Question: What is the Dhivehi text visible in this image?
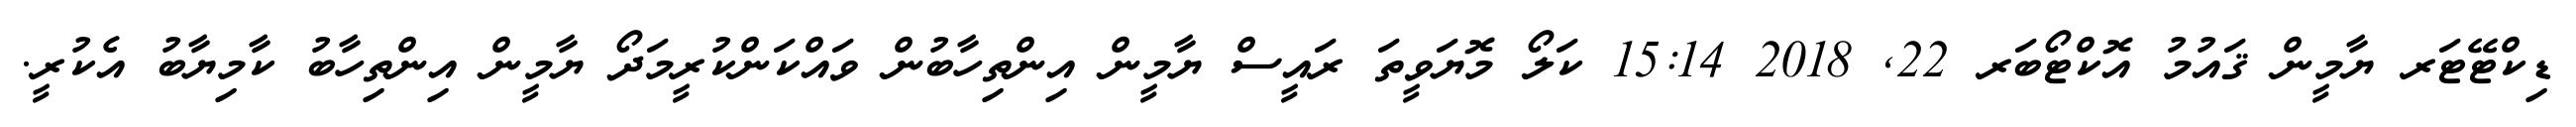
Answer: ޑިކްޓޭޓަރ ޔާމީން ޤައުމު އޮކްޓޯބަރ 22, 2018 15:14 ކަލޯ މޮޔަވީތަ ރައީސް ޔާމީން އިންތިހާބުން ވައްކަންކުރީމަދޯ ޔާމީން އިންތިހާބު ކާމިޔާބު އެކުރީ.